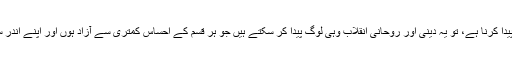
ہمارا دعویٰ ہے کہ دنیا میں دینی اور روحانی انقلاب ہم نے پیدا کرنا ہے، تو یہ دینی اور روحانی انقلاب وہی لوگ پیدا کر سکتے ہیں جو ہر قسم کے احساسِ کمتری سے آزاد ہوں اور اپنے اندر سب سے پہلے دینی اور روحانی انقلاب پیدا کرنے والے ہوں۔